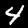
Label: 4